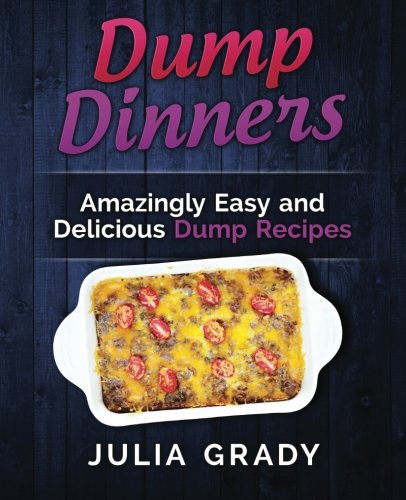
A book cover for Dump Dinners: Amazingly Easy and Delicious Dump Recipes; Julia Grady; Cookbooks, Food & Wine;